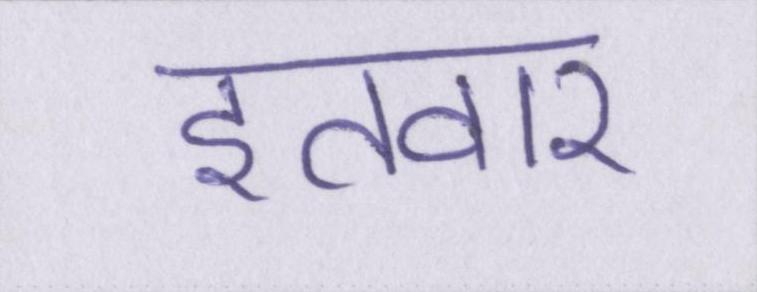
इतवार